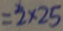
= 2 \times 2 5